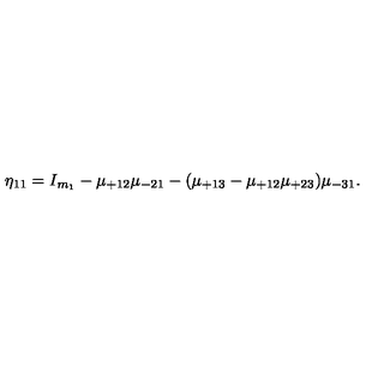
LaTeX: \eta _ { 1 1 } = I _ { m _ { 1 } } - \mu _ { + 1 2 } \mu _ { - 2 1 } - ( \mu _ { + 1 3 } - \mu _ { + 1 2 } \mu _ { + 2 3 } ) \mu _ { - 3 1 } .